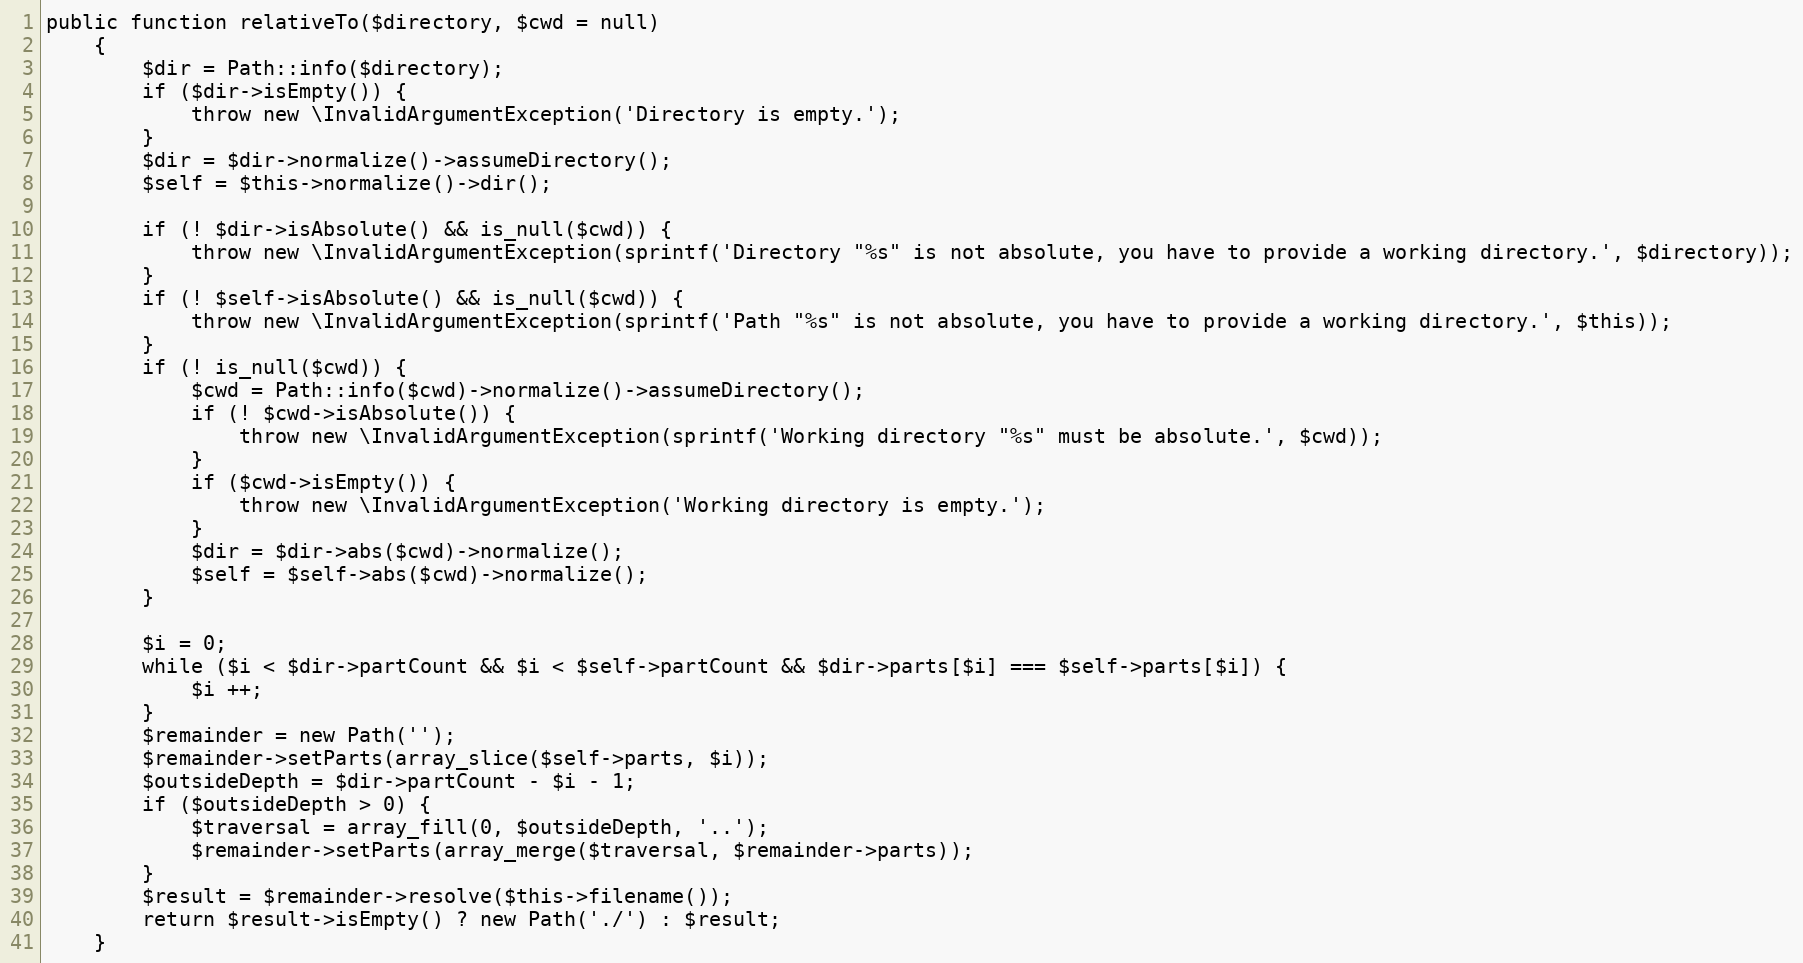
Language: PHP
public function relativeTo($directory, $cwd = null)
	{
		$dir = Path::info($directory);
		if ($dir->isEmpty()) {
			throw new \InvalidArgumentException('Directory is empty.');
		}
		$dir = $dir->normalize()->assumeDirectory();
		$self = $this->normalize()->dir();

		if (! $dir->isAbsolute() && is_null($cwd)) {
			throw new \InvalidArgumentException(sprintf('Directory "%s" is not absolute, you have to provide a working directory.', $directory));
		}
		if (! $self->isAbsolute() && is_null($cwd)) {
			throw new \InvalidArgumentException(sprintf('Path "%s" is not absolute, you have to provide a working directory.', $this));
		}
		if (! is_null($cwd)) {
			$cwd = Path::info($cwd)->normalize()->assumeDirectory();
			if (! $cwd->isAbsolute()) {
				throw new \InvalidArgumentException(sprintf('Working directory "%s" must be absolute.', $cwd));
			}
			if ($cwd->isEmpty()) {
				throw new \InvalidArgumentException('Working directory is empty.');
			}
			$dir = $dir->abs($cwd)->normalize();
			$self = $self->abs($cwd)->normalize();
		}

		$i = 0;
		while ($i < $dir->partCount && $i < $self->partCount && $dir->parts[$i] === $self->parts[$i]) {
			$i ++;
		}
		$remainder = new Path('');
		$remainder->setParts(array_slice($self->parts, $i));
		$outsideDepth = $dir->partCount - $i - 1;
		if ($outsideDepth > 0) {
			$traversal = array_fill(0, $outsideDepth, '..');
			$remainder->setParts(array_merge($traversal, $remainder->parts));
		}
		$result = $remainder->resolve($this->filename());
		return $result->isEmpty() ? new Path('./') : $result;
	}